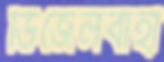
ডিজেলবাহী